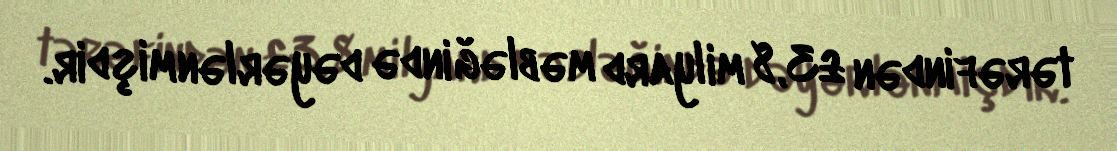
tərəfindən £3,8 milyard məbləğində dəyərlənmişdir.